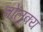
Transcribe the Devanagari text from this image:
चोलुक्य